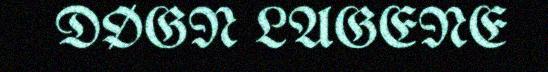
DØGN LAGENE